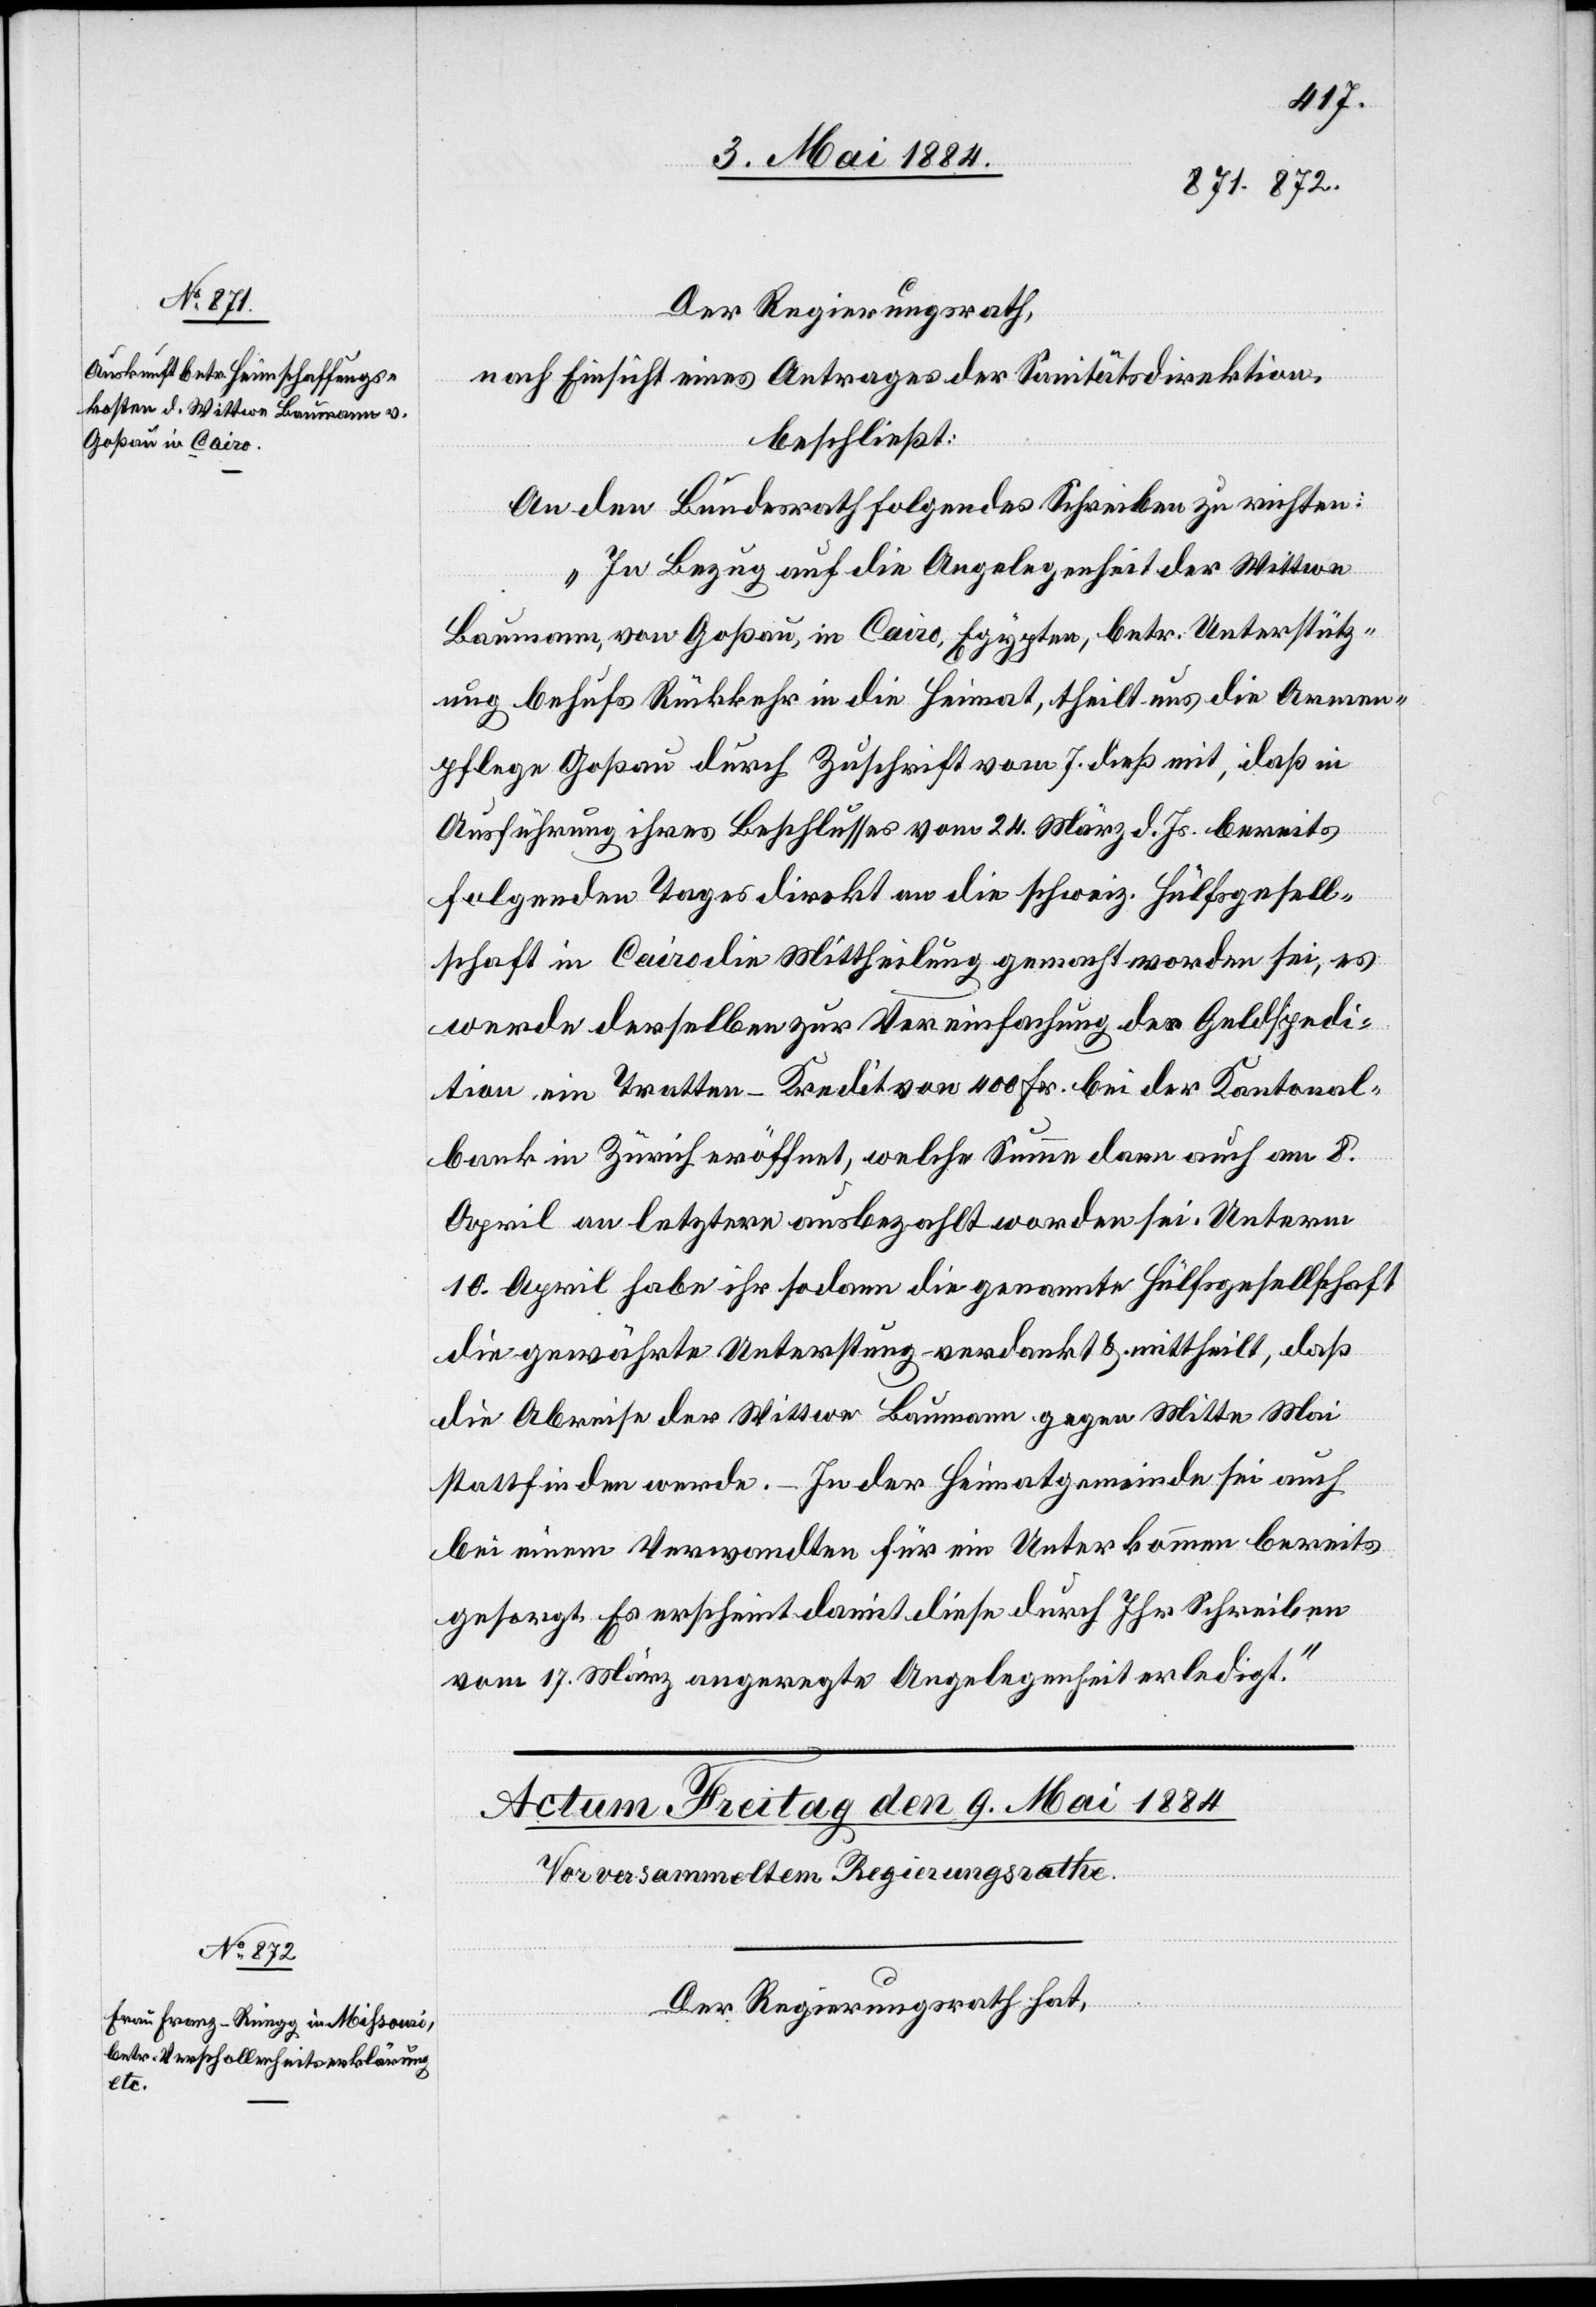
9. Mai 1884.]
Der Regierungsrath,
nach Einsicht eines Antrages der Sanitätsdirektion,
beschließt:
An den Bundesrath folgendes Schreiben zu richten:
„In Bezug auf die Angelegenheit der Wittwe
Baumann, von Goßau, in Cairo, Egypten, betr. Unterstütz¬
ung behufs Rückkehr in die Heimat, theilt uns die Armen¬
pflege Goßau durch Zuschrift vom 7. dieß mit, daß in
Ausführung ihres Beschlusses vom 24. März d. Js. bereits
folgenden Tages direkt an die schweiz. Hülfsgesell¬
schaft in Cairo die Mittheilung gemacht worden sei, es
werde derselben zur Vereinfachung der Geldspedi¬
tion ein Tratten-Kredit von 400 Fr. bei der Kantonal¬
bank in Zürich eröffnet, welche Summe dann auch am 8.
April an letztern ausbezahlt worden sei. Unterm
10. April habe ihr sodann die genannte Hülfsgesellschaft
die gewährte Unterst[ütz]ung verdankt & mitt[ge]heilt, daß
die Abreise der Wittwe Baumann gegen Mitte Mai
stattfinden werde. In der Heimatgemeinde sei auch
bei einem Verwandten für ein Unterkommen bereits
gesorgt. Es erscheint damit diese durch Ihr Schreiben
vom 17. März angeregte Angelegenheit erledigt.“
Der Regierungsrath hat,